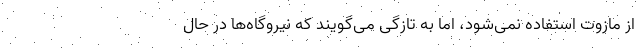
از مازوت استفاده نمی‌شود، اما به تازگی می‌گویند که نیروگاه‌ها در حال